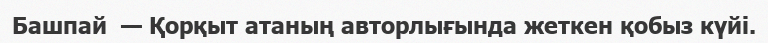
Башпай  — Қорқыт атаның авторлығында жеткен қобыз күйі.